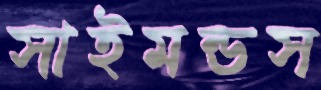
সাইমন্ডস